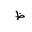
Letter: _za